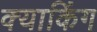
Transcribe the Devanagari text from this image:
क्याकिंग